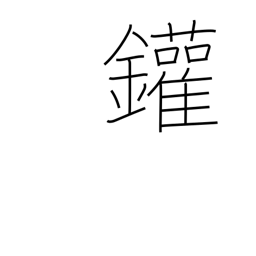
Meaning: steam boiler